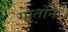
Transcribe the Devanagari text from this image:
गार्तोन